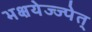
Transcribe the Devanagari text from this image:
भक्षयेज्ज्पेत्